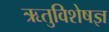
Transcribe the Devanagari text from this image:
ऋतुविशेषज्ञ